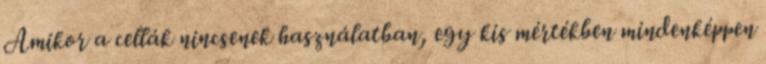
Amikor a cellák nincsenek használatban, egy kis mértékben mindenképpen